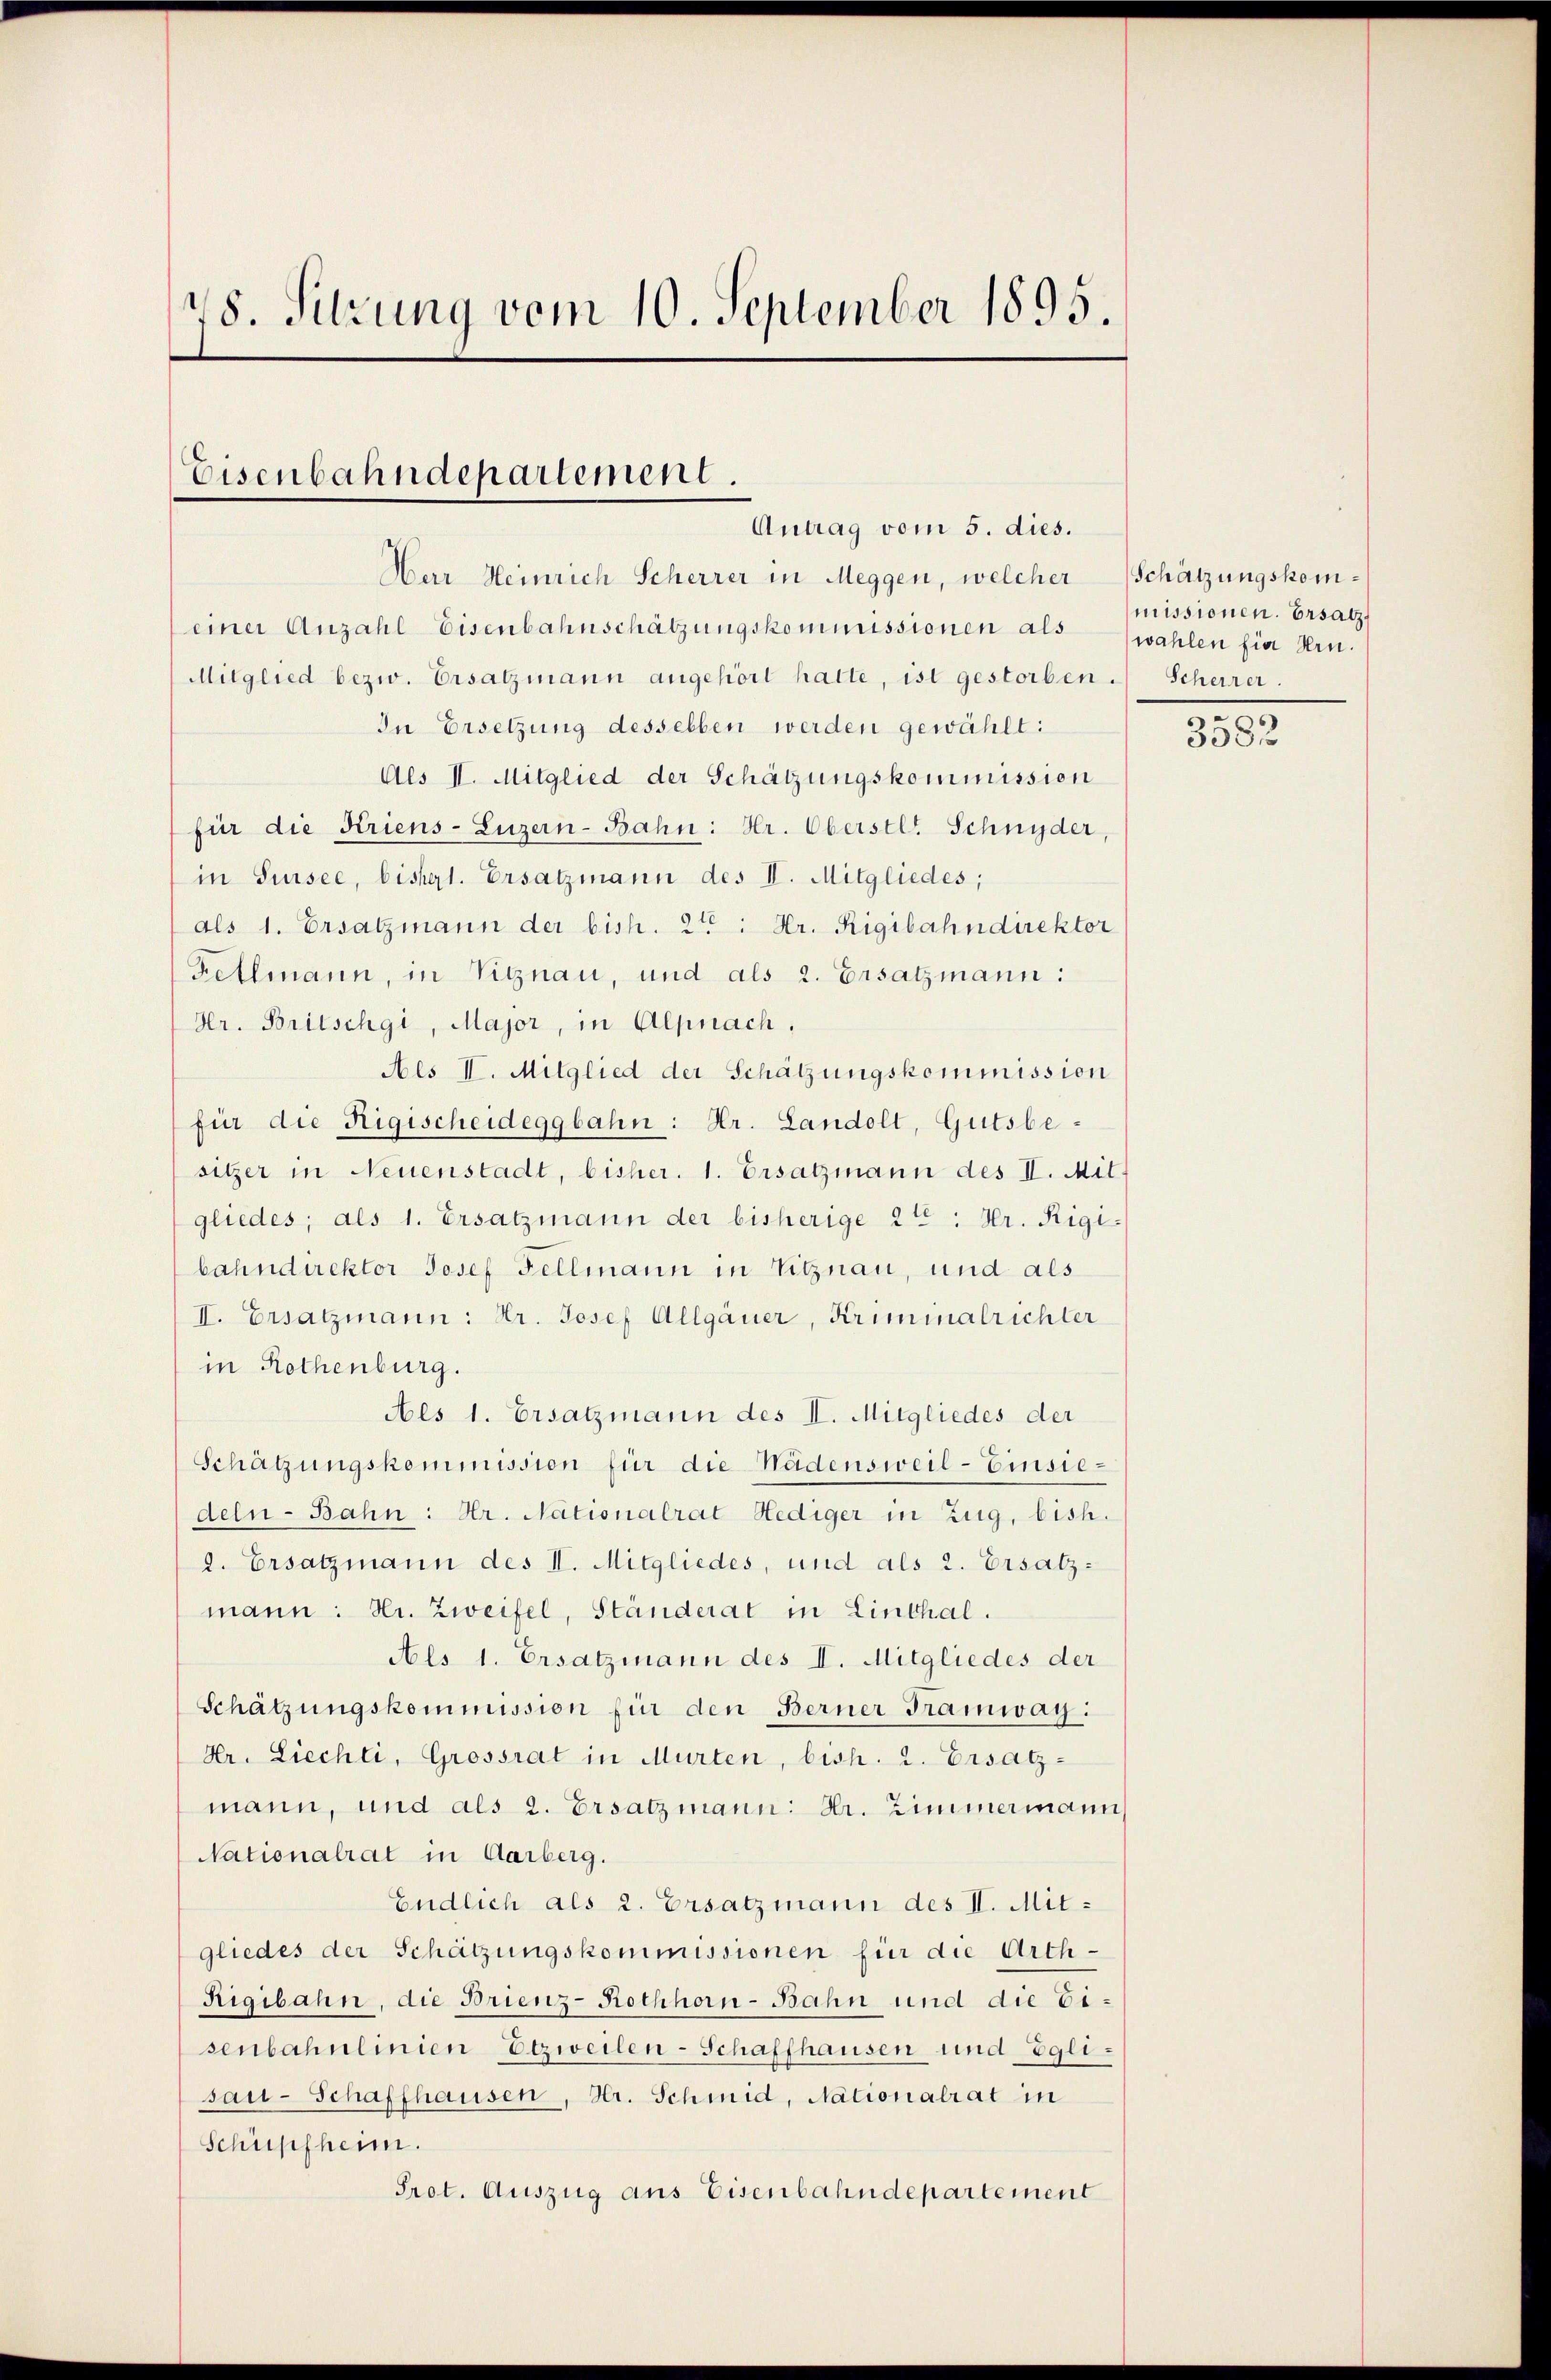
48. Sitzung vom 10. September 1895.

Eisenbahndepartement.
Antrag vom 5. dies.

Mitglied bezw. Ersatzmann angehört hatte, ist gestorben. Scheirer.
In Ersetzung desselben werden gewählt:
Als II. Mitglied der Schätzungskommission
für die Kriens- Luzern-Bahn: Hr. Oberstl. Schnyder
in Sursee, bishert. Ersatzmann des II. Mitgliedes;
als 1. Ersatzmann der bish. 2ten: Hr. Rigibahndirektor
Fellmann, in Vitznau, und als 2. Ersatzmann:
Hr. Britschgi, Major, in Alpnach,
Aes I. Mitglied der Schätzungskommission
für die Rigischeideggbahn: Hr. Landolt, Gutsbesitzer in Neuenstadt, bisher. 1. Ersatzmann des II. Mit-
gliedes; als 1. Ersatzmann der bisherige 2 t: Hr. Rigi-
bahndirektor Josef Fellmann in Vitznau, und als
II. Ersatzmann: Hr. Josef Allgäuer, Kriminalrichter
in Rothenburg.
Als 1. Ersatzmann des I. Mitgliedes der
Schätzungskommission für die Wädensweil- Einsiedeln-Bahn: Hr. Nationalrat Hediger in Zug, bish
2. Ersatzmann des II. Mitgliedes, und als 2. Ersatz-
mann: Hr. Zweifel, Ständerat in Linthal.
Als 1. Ersatzmann des I. Mitgliedes der
Schätzungskommission für den Berner Tramway.
Dr. Liechli, Grossrat in Murten, bish. 2. Ersatz-
mann, und als 2. Ersatzmann: Hr. Zimmermann
Nationalrat in Aarberg.
Endlich als 2. Ersatzmann des II. Mitgliedes der Schätzungskommissionen für die Arth¬
Rigibahn, die Brienz-Rothhorn-Bahn und die Eisenbahnlinien Etzweilen-Schaffhausen und Eglisau-Schaffhausen, Hr. Schmid, Nationalrat in
Schüpfheim.
Prot. Auszug aus Eisenbahndepartement

Her Heinrich Scherrer in Meggen, welcher Schätzungskomeiner Anzahl Eisenbahnschätzungskommissionen als

missionen. Ersatz,
wahlen fier Hrn.

.
3582